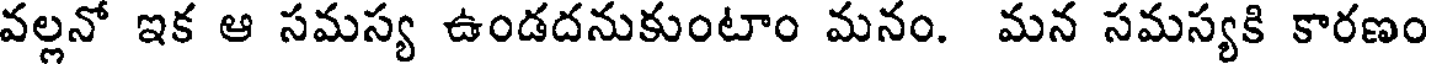
వల్లనో ఇక ఆ సమస్య ఉండదనుకుంటాం మనం. మన సమస్యకి కారణం